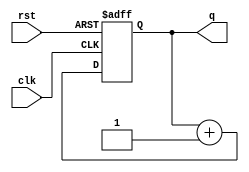
// This program was cloned from: https://github.com/Shofuuu/tt06-timer_counter-UGM
// License: Apache License 2.0

`default_nettype none
// `timescale 1ns/1ns

module counter(
    input wire clk, rst,
    output reg [3:0] q
);

    always @ (posedge clk or negedge rst) begin
        if (!rst) begin
            q <= 4'b0;
        end
        else begin
            q <= q + 4'b1;
        end
    end

endmodule